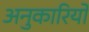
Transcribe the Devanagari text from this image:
अनुकारियों